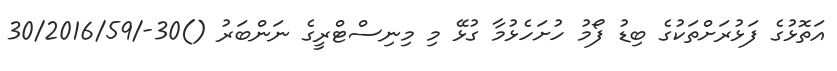
އަތޮޅުގެ ފަޅުރަށްތަކުގެ ބިޑު ފޯމު ހުށަހެޅުމާ ގުޅޭ މި މިނިސްޓްރީގެ ނަންބަރު ()30-/30/2016/59